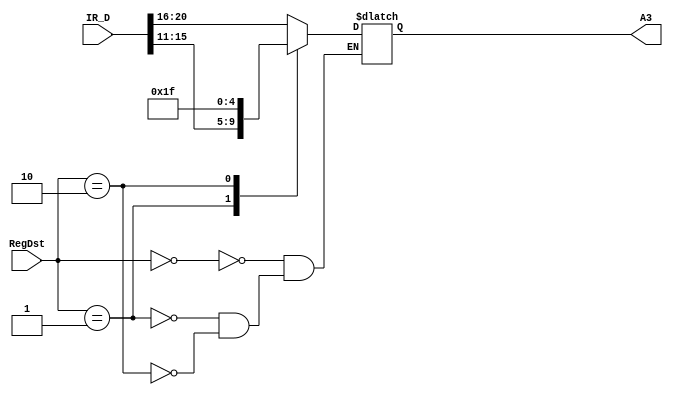
`timescale 1ns / 1ps
//////////////////////////////////////////////////////////////////////////////////
// Company: 
// Engineer: 
// 
// Design Name: 
// Module Name:    MA3E 
// Project Name: 
// Target Devices: 
// Tool versions: 
// Description: 
//
// Dependencies: 
//
// Revision: 
// Revision 0.01 - File Created
// Additional Comments: 
//
//////////////////////////////////////////////////////////////////////////////////
module MA3E(
    input [1:0] RegDst,
	 input [31:0] IR_D,
    output reg[4:0] A3
    );
	 wire [4:0] IR_rt_D,IR_rd_D;
	 assign IR_rt_D = IR_D[20:16];
	 assign IR_rd_D = IR_D[15:11]; 
	 always @* begin
	   case(RegDst) 
		  0: begin
		  A3 = IR_rt_D;
		  end
		  1: begin
		  A3 = IR_rd_D;
		  end
		  2: begin
		  A3 = 5'b11111;
		  end
		endcase
	 end


endmodule